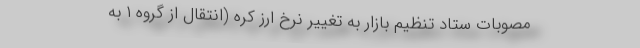
مصوبات ستاد تنظیم بازار به تغییر نرخ ارز کره (انتقال از گروه ۱ به